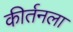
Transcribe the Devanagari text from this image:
कीर्तनला